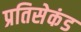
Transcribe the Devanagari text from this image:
प्रतिसेकंड